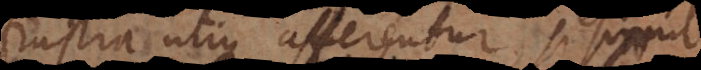
frustra utique afferentur, si simul